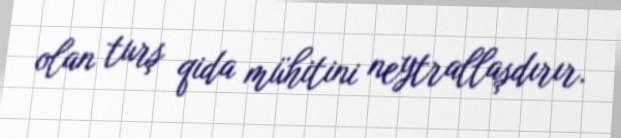
olan turş qida mühitini neytrallaşdırır.